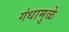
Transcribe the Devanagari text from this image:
गंधामुळे